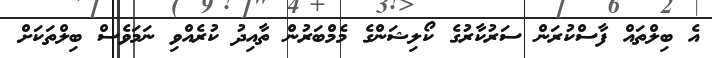
އެ ބިލްތައް ފާސްކުރަން ސަރުކާރުގެ ކޯލިޝަންގެ މެމްބަރުން ތާއިދު ކުރެއްވި ނަމަވެސް ބިލްތަކަށް